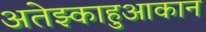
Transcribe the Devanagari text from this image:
अतेझ्काहुआकान